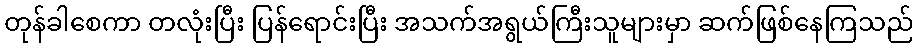
တုန်ခါစေကာ တလုံးပြီး ပြန်ရောင်းပြီး အသက်အရွယ်ကြီးသူများမှာ ဆက်ဖြစ်နေကြသည်